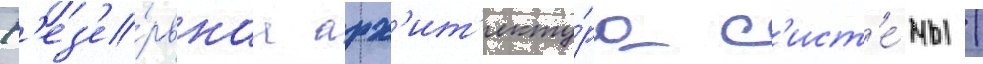
Р'ез'е́рвнаа арх'ит'екту́ра с'ист'е́мы /